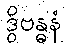
ဒွိဗန္ဓနံ